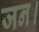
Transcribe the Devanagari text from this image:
जन।